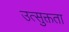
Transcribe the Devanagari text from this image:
उत्सुक्तता